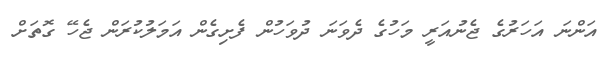
އަންނަ އަހަރުގެ ޖެނުއަރީ މަހުގެ ދެވަނަ ދުވަހުން ފެށިގެން އަމަލުކުރަން ޖެހޭ ގޮތަށް